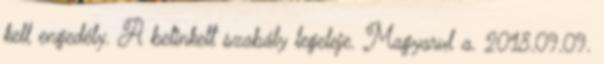
kell engedély. A belinkelt szabály legeleje. Magyarul a. 2018.09.09.